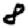
Digit: 8